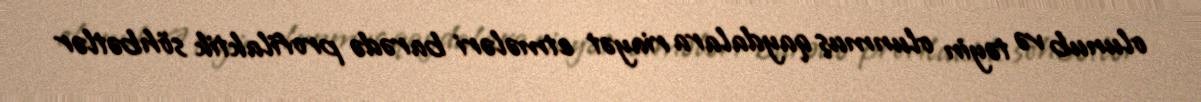
olunub və təyin olunmuş qaydalara riayət etmələri barədə profilaktik söhbətlər